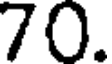
70.